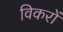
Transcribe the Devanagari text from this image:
विकरों